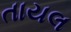
તાયલ